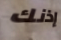
إذنك